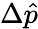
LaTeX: \Delta\hat{p}